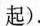
起）.